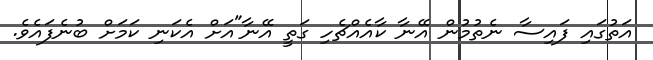
އަތުގައި ފައިސާ ނެތުމުން އޭނާ ކާއެއްޗެހި ގަތީ އޭނާ"އަށް އެކަނި ކަމަށް ބުނެފައެވެ.